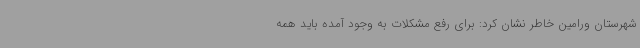
شهرستان ورامین خاطر نشان کرد: برای رفع مشکلات به وجود آمده باید همه